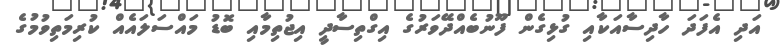
އަދި އެފަދަ ހާދިސާއަކާއި ގުޅިގެން ފޫނުބެއްދޭވަރުގެ އިގްތިސާދީ އިޖުތިމާއި ބޮޑު މައްސަލައެއް ކުރިމަތިވުމުގެ